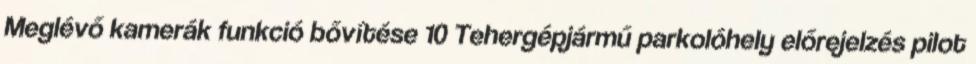
Meglévő kamerák funkció bővítése 10 Tehergépjármű parkolóhely előrejelzés pilot